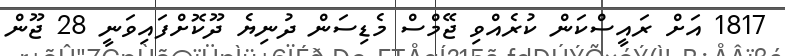
1817 އަށް ރައީސްކަން ކުރެއްވި ޖޭމްސް މެޑިސަން ދުނިޔެ ދޫކޮށްފައިވަނީ 28 ޖޫން